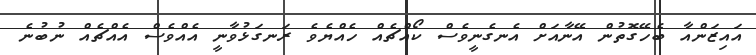
އައިޒަންއާ ބެހޭގޮތުން އޭނާއަށް އެނގެނީވެސް ކޯއްޗެއް ހެއްޔެވެ ރަނގަޅުވާނީ އެއްވެސް އެއްޗެއް ނުބުނެ